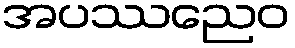
အပဿညေဝ